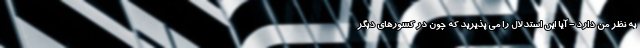
به نظر من دارد - آیا این استدلال را می پذیرید که چون در کشورهای دیگر